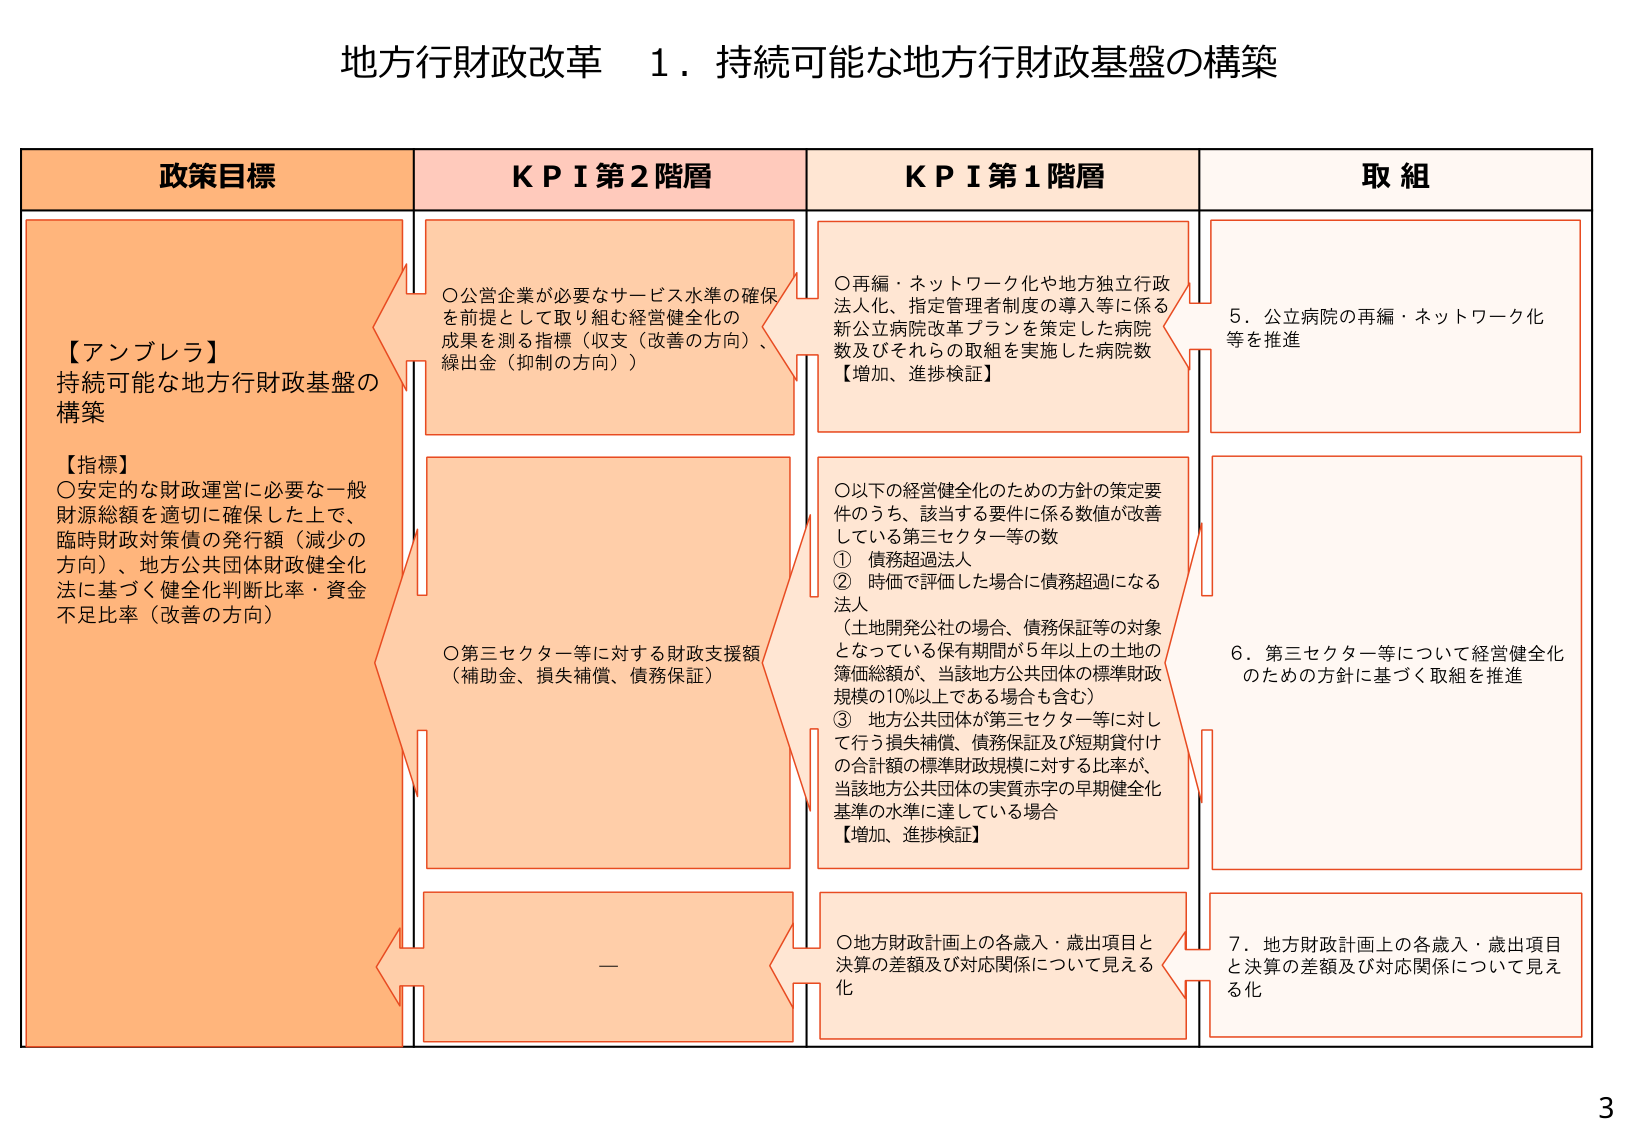
地方行財政改革　１．持続可能な地方行財政基盤の構築

政策目標
【アンブレラ】
持続可能な地方行財政基盤の
構築
【指標】
〇安定的な財政運営に必要な一般
財源総額を適切に確保した上で、
臨時財政対策債の発行額（減少の
方向）、地方公共団体財政健全化
法に基づく健全化判断比率・資金
不足比率（改善の方向）

ＫＰＩ第２階層
〇公営企業が必要なサービス水準の確保
を前提として取り組む経営健全化の
成果を測る指標（収支（改善の方向）、
繰出金（抑制の方向））
〇第三セクター等に対する財政支援額
（補助金、損失補償、債務保証）
—

ＫＰＩ第１階層
〇再編・ネットワーク化や地方独立行政
法人化、指定管理者制度の導入等に係る
新公立病院改革プランを策定した病院
数及びそれらの取組を実施した病院数
【増加、進捗検証】
〇以下の経営健全化のための方針の策定要
件のうち、該当する要件に係る数値が改善
している第三セクター等の数
① 債務超過法人
② 時価で評価した場合に債務超過になる
法人
（土地開発公社の場合、債務保証等の対象
となっている保有期間が５年以上の土地の
簿価総額が、当該地方公共団体の標準財政
規模の10%以上である場合も含む）
③ 地方公共団体が第三セクター等に対し
て行う損失補償、債務保証及び短期貸付け
の合計額の標準財政規模に対する比率が、
当該地方公共団体の実質赤字の早期健全化
基準の水準に達している場合
【増加、進捗検証】
〇地方財政計画上の各歳入・歳出項目と
決算の差額及び対応関係について見える
化

取組
５．公立病院の再編・ネットワーク化
等を推進
６．第三セクター等について経営健全化
のための方針に基づく取組を推進
７．地方財政計画上の各歳入・歳出項目
と決算の差額及び対応関係について見え
る化

3